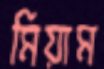
মিয়াম